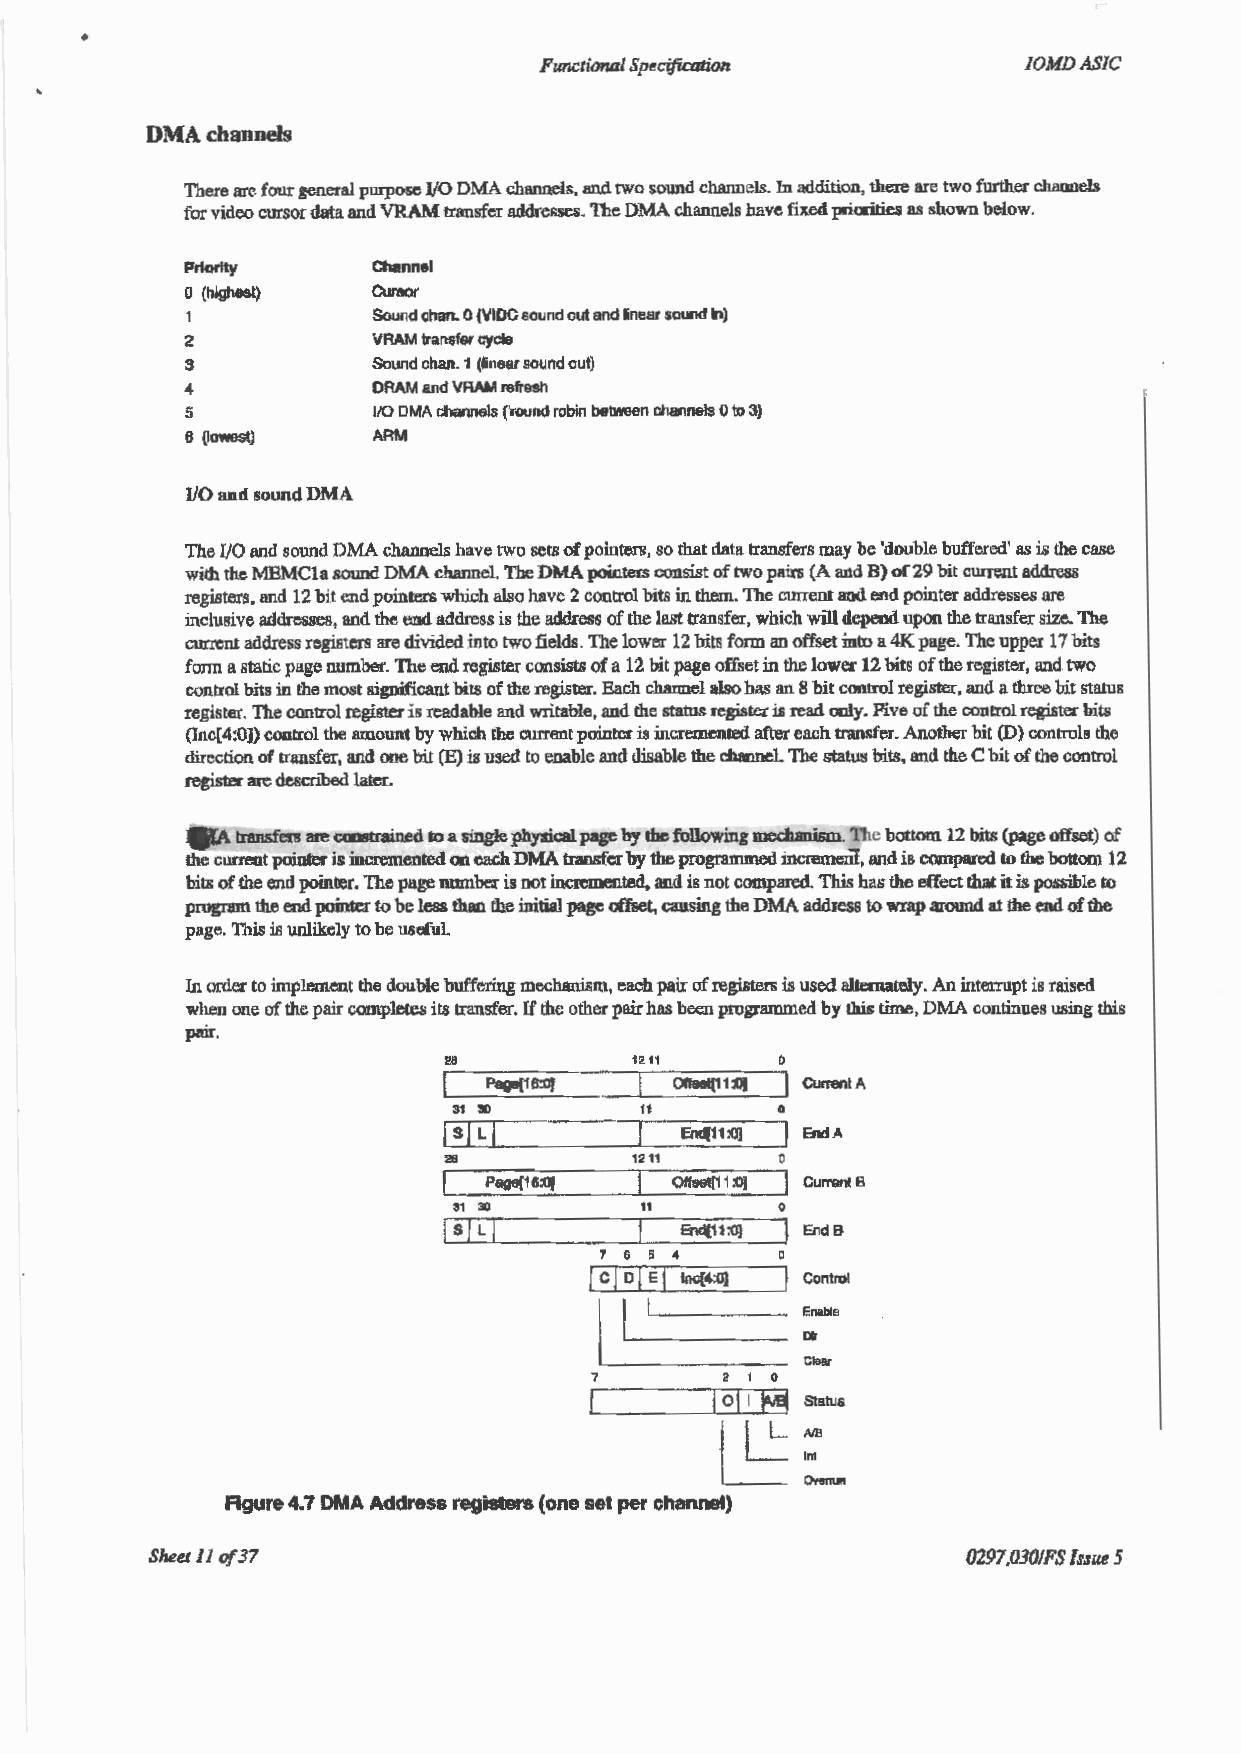
Functional Specification        IOMDASIC
 DMA channels
 There are four general pwpose 1/0 DMA chiiiUlels, and two sound channels. In addition, there are two further channels
 for video cursor data and VRAM transfer addresses. The DMA channels have fixed priorities as shown below.
 Prlorlt!(    Ctlannel
 0 (highest)  Cursor
 1            Sound chan. 0 (VIDG sound out and linear sound In)
 2            VRAM traru;fer cycle
 3            Sound chan. 1 (linear sound out)
 4            DRAM and VRAlll refresh
 5            ItO DMA channels ('round robin between channels 0 to 3)
 6 (lowest)   ARM
 VO a11d sound DMA
 The UO Md sound DMA channels have two sets of pointers, so that data transfers may be 'double buffered' as is the case
 with the MEMCla sound DMA channel The DMA pointers consist of two pairs (A and B) of29 bit current address
 registers. and 12 bit end pointers which also have 2 control bits in them. The current and end pointer addresses are
 inclusive addresses, and the end address is the address of the last transfer, which will depend upon the transfer size. The
 current address registers are divided into two fields. The lower 12 bits fonn an offiset into a 4K page. The upper 17 bits
 form a static page number. The end register consists of a 12 bit page offset in the lower 12 bits of the register, and two
 control bits in the most significant bits of the register. Each charmel also has an 8 bit control register, and a three bit staJus
 register. The control register is readable and writable, and the status registex is read only. Five of the control registec bits
 (Inc[4 :0]) control the amount by which the cwrent pointer is incremented after each transfer. Another bit (D) controls the
 direction of transfer, and one bit (E) ill used to enable and disable the channeL The status bits. and the C bit of the control
 register are described later.
 t:ransfers are coostrained to a single physical page by lhe following meclumism. The bottom 12 bits (page offset) of
 the current pointer is incremented on each DMA traru;fer by the programmed increment, and is compared to the bottom 12
 bits of the end pointer. The page nwnb& is not incremented. and is not compared. This has the effect that it is possible to
 program the end pointer to be less than the initial page off8et, causing the DMA address to wrap around at the end of the
 page. 111is is unlikely to be usefuL
 In order to implement the double buffering mechanism, each pair of registers is used alternately. All interrupt is raised
 when one of the pair completes its ttansfer. If the other pair has been programmed by this time, DMA continues using this
 pair.
 28           1211     0
 Page[16:0J  Offse1(11 :OJ Current A
 31 !0       1t       0
 I
 j sj L          Endf11 :0] End A
 211          1211
 Page{16:0J  Olfset[11 :()] Current B
 31 !0       t1       0
 Is I I
 L           .. End(11 :o] Elld B
 7 6 5
 1 cj oJ Ej lnc(4:0) Control
 l
 EnahiB
 I             Dlr
 C:loar
 7        2 1 0
 I 011 lwl Status
 AlB
 ~
 lnt
 OYonun
 Agure 4.7 DMA Address registers (one set per channel)
 Shut 11 of3 7                                         0297,030/FS Issue 5